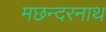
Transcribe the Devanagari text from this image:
मछन्दरनाथ